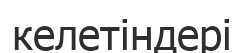
келетіндері